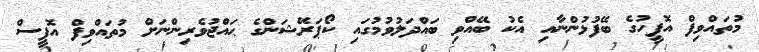
މުތައްވިފް އޮފީހުގެ ބޭފުޅުންނާއި އެކު ބޭއްވި ބައްދަލުވުމުގައި ކޯޕަރޭޝަންގެ ޙައްޖުވެރިންނަށް މުތައްވިފް އޮފީސް